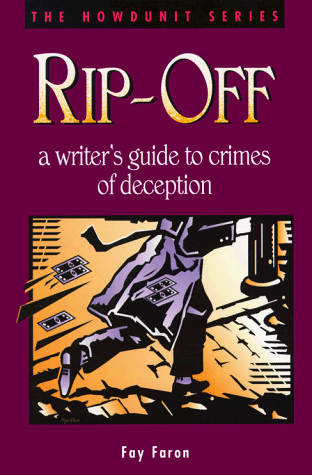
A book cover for Rip-Off: A Writer's Guide to Crimes of Deception (Howdunit Writing); Fay Faron; Mystery, Thriller & Suspense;